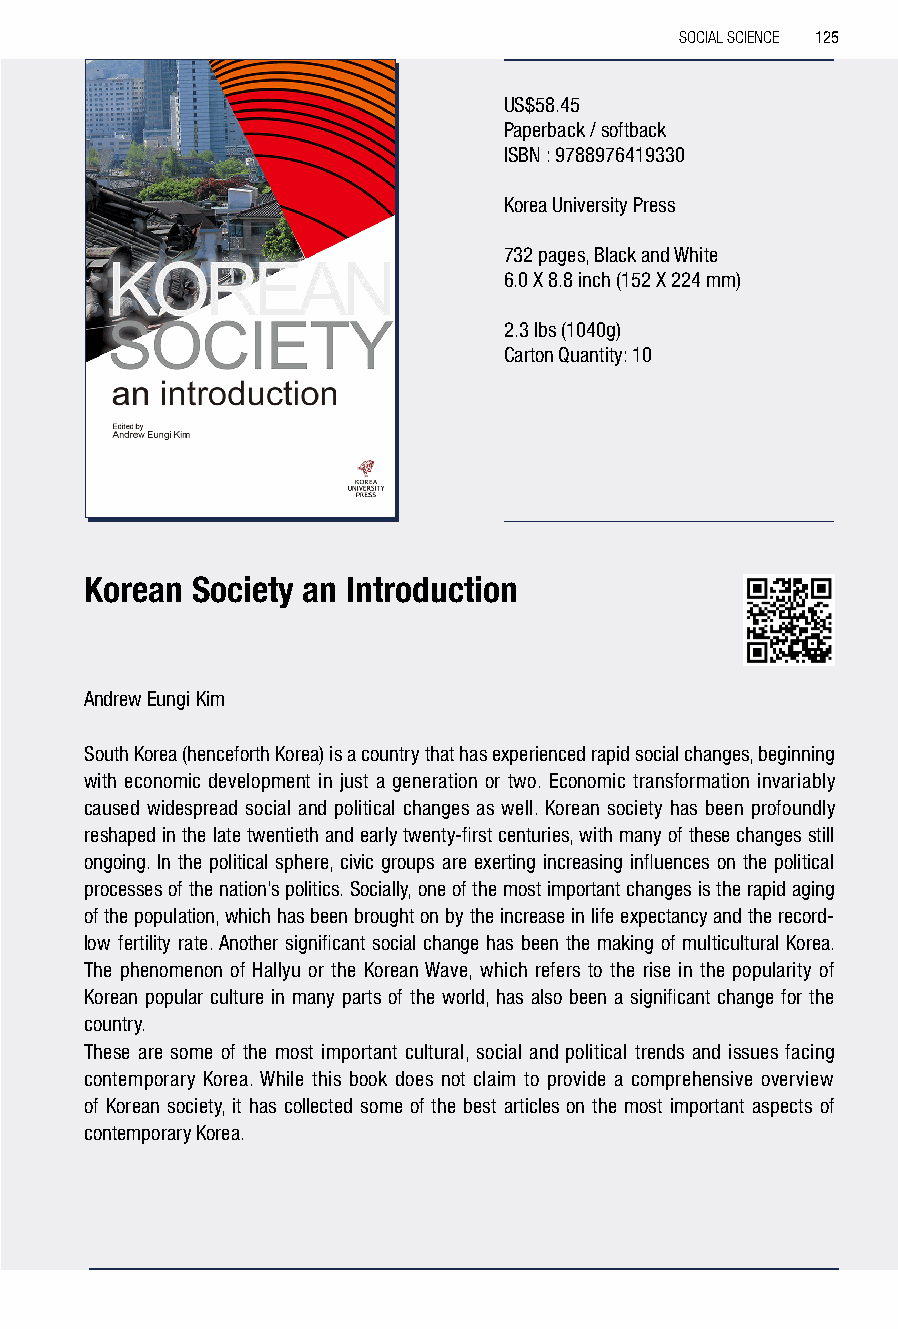
SOCIAL SCIENCE 125
 US$58.45
 Paperback / softback
 ISBN : 9788976419330
 Korea University Press
 732 pages, Black and White
 6.0 X 8.8 inch (152 X 224 mm)
 2.3 lbs (1040g)
 Carton Quantity: 10
 Korean Society an Introduction
 Andrew Eungi Kim
 South Korea (henceforth Korea) is a country that has experienced rapid social changes, beginning
 with economic development in just a generation or two. Economic transformation invariably
 caused widespread social and political changes as well. Korean society has been profoundly
 reshaped in the late twentieth and early twenty-first centuries, with many of these changes still
 ongoing. In the political sphere, civic groups are exerting increasing influences on the political
 processes of the nation’s politics. Socially, one of the most important changes is the rapid aging
 of the population, which has been brought on by the increase in life expectancy and the record-
 low fertility rate. Another significant social change has been the making of multicultural Korea.
 The phenomenon of Hallyu or the Korean Wave, which refers to the rise in the popularity of
 Korean popular culture in many parts of the world, has also been a significant change for the
 country.
 These are some of the most important cultural, social and political trends and issues facing
 contemporary Korea. While this book does not claim to provide a comprehensive overview
 of Korean society, it has collected some of the best articles on the most important aspects of
 contemporary Korea.